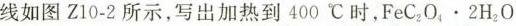
线如图 Z10-2 所示，写出加热到 400℃ 时，$$F e C _ { 2 } O _ { 4 } \cdot 2 H _ { 2 } O$$